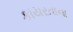
કાયરતાના